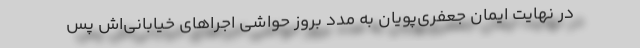
در نهایت ایمان جعفری‌پویان به مدد بروز حواشی اجراهای خیابانی‌اش پس